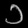
Digit: ၁